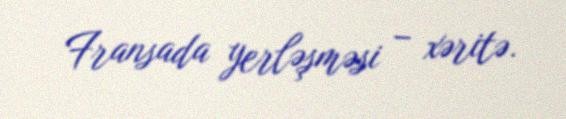
Fransada yerləşməsi – xəritə.